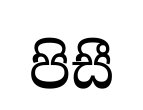
පිසී